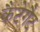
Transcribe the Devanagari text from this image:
कैटेगैट